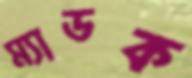
ম্যাডক